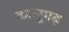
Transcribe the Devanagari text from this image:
कालूगढ़